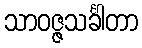
သာဝဇ္ဇသင်္ခါတာ